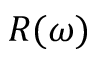
R ( \omega )